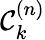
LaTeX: \mathcal{C}_{k}^{(n)}